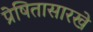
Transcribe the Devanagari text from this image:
प्रेषितासारखे